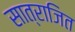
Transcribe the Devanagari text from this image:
सात्राजित